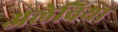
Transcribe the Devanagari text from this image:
अलेविया